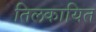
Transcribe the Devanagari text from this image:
तिलकायित